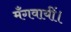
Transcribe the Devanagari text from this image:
मँगवायीं।